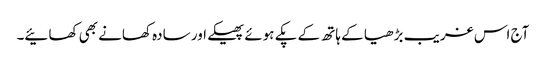
آج اس غریب بڑھیا کے ہاتھ کے پکے ہوئے پھیکے اور سادہ کھانے بھی کھائیے۔